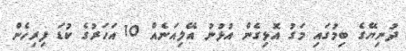
ދުނިޔޭގެ ބިމުގައި މަގު އޮޅިގެން އުޅުނު އޭލިއަނެއް 10 އަހަރުގެ ކުޑަ ފިރިހެން